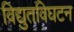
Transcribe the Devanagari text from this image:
विद्युतविघटन